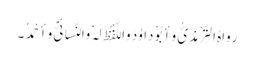
رَوَاہُ التِّرْمِذِیُّ وَأَبُوْ دَاوُدَ وَاللَّفْظُ لَہٗ وَالنَّسَائِیُّ وَأَحْمَدُ۔